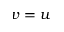
v = u